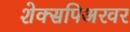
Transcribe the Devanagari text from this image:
शेक्सपिअरवर